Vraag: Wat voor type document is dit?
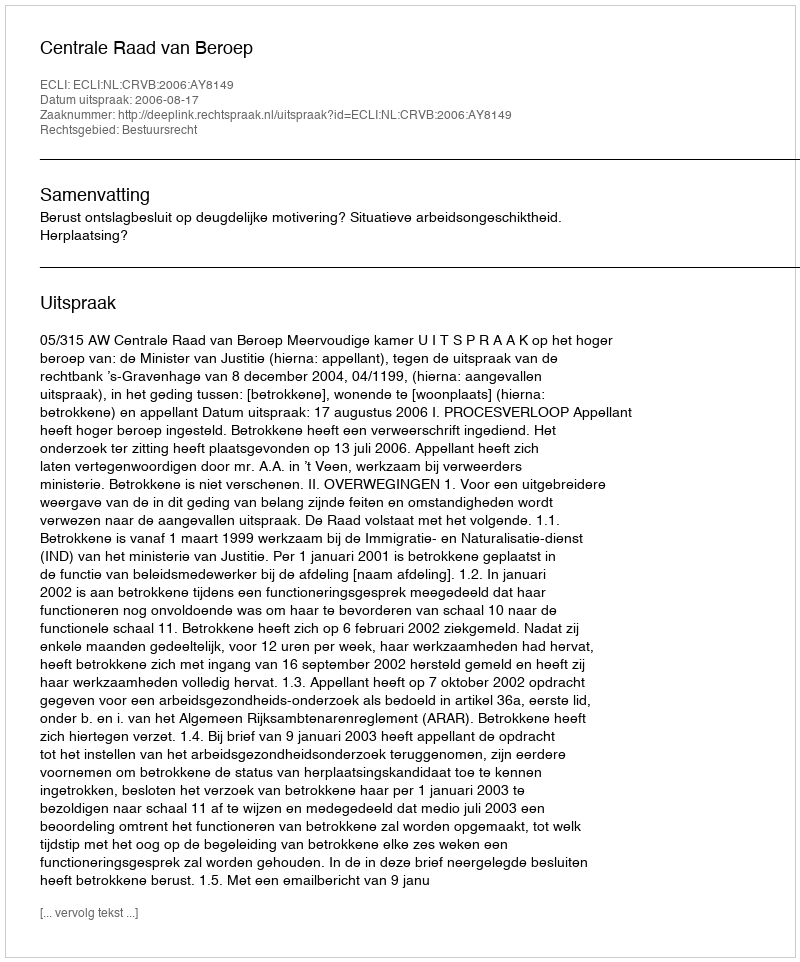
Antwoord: Uitspraak